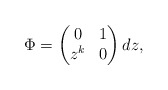
\begin{align*}\Phi = \begin{pmatrix} 0 & 1 \\ z^k & 0 \end{pmatrix} dz,\end{align*}